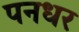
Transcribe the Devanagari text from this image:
पनधर